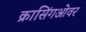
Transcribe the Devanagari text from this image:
क्रासिंगओवर